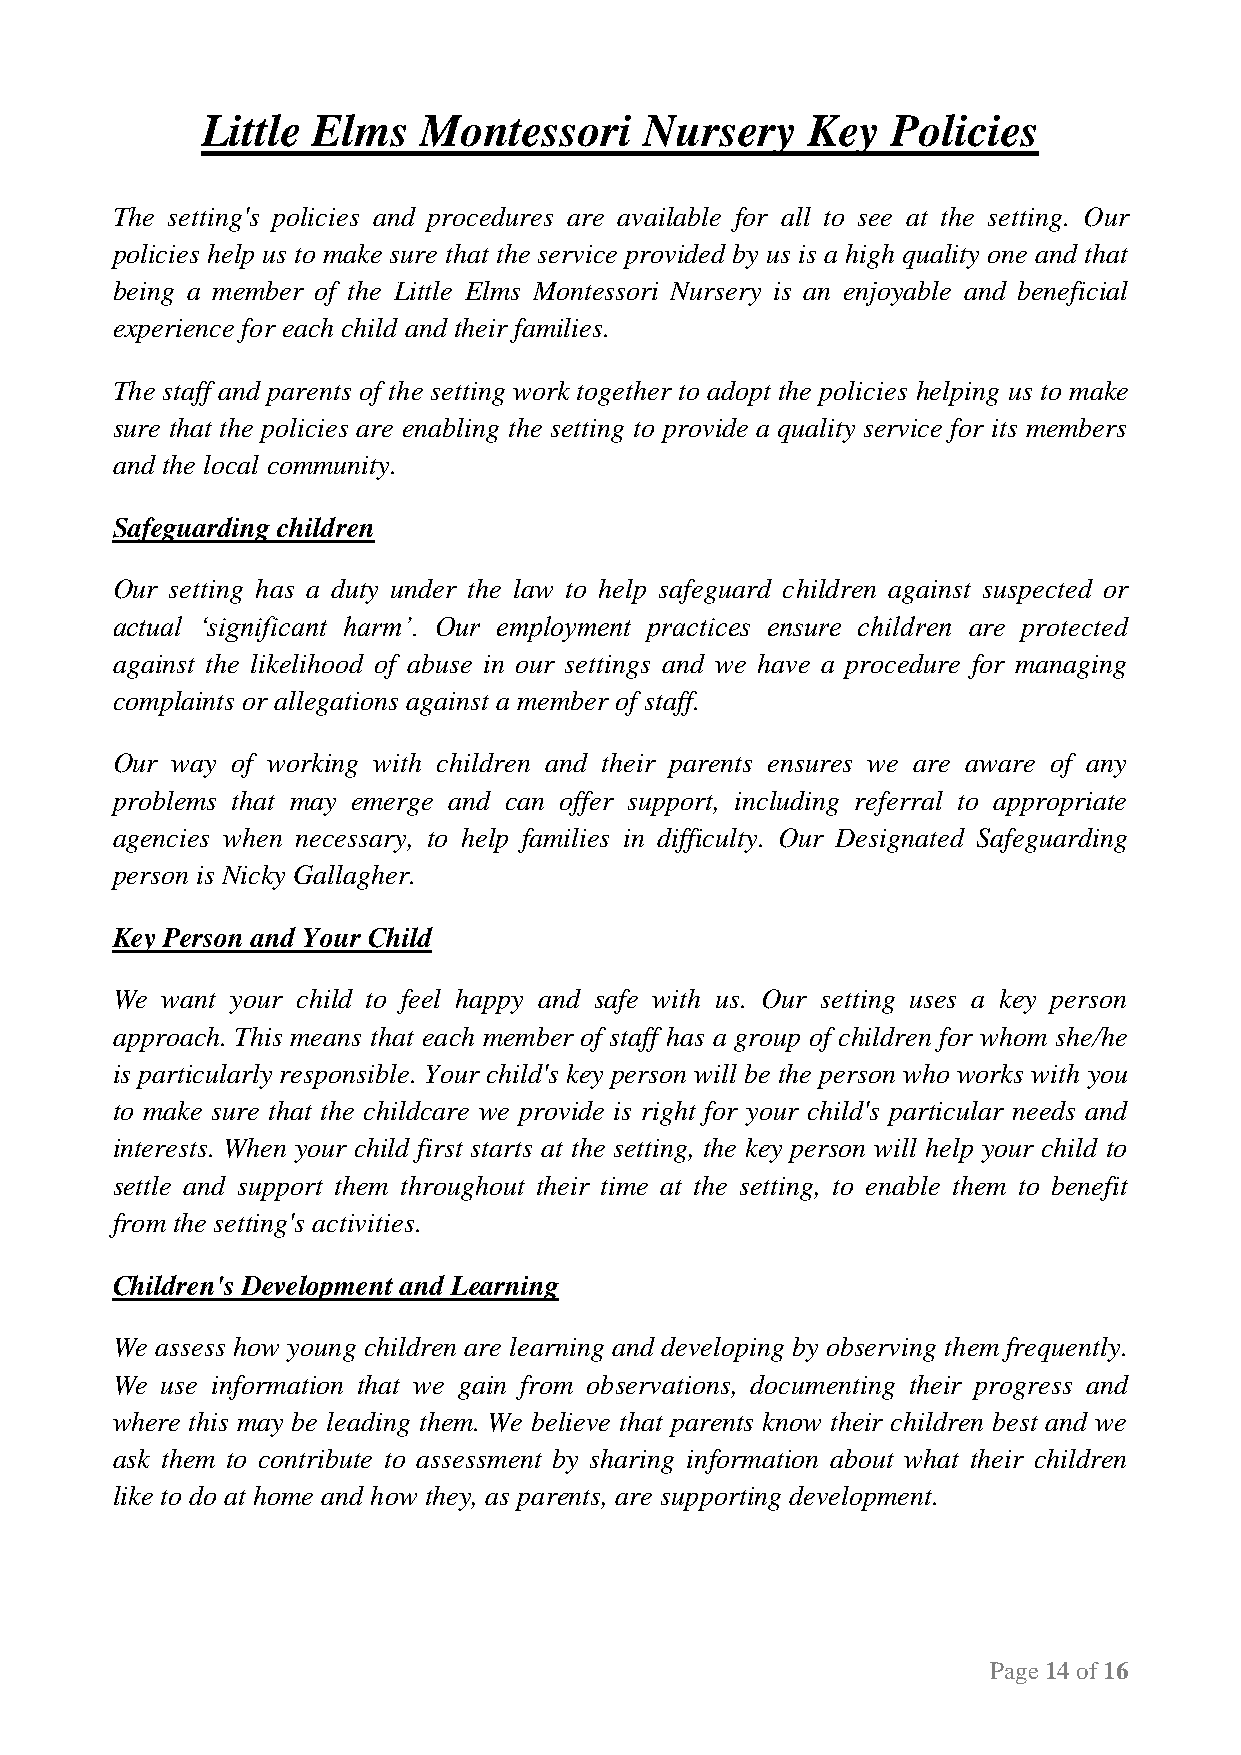
Little  Elms   Montessori     Nursery   Key   Policies
 The setting's policies and procedures are available for all to see at the setting. Our
 policies help us to make sure that the service provided by us is a high quality one and that
 being a member of the Little Elms Montessori Nursery is an enjoyable and beneficial
 experience for each child and their families.
 The staff and parents of the setting work together to adopt the policies helping us to make
 sure that the policies are enabling the setting to provide a quality service for its members
 and the local community.
 Safeguarding children
 Our setting has a duty under the law to help safeguard children against suspected or
 actual ‘significant harm’. Our employment practices ensure children are protected
 against the likelihood of abuse in our settings and we have a procedure for managing
 complaints or allegations against a member of staff.
 Our way of working with children and their parents ensures we are aware of any
 problems that may emerge and can offer support, including referral to appropriate
 agencies when necessary, to help families in difficulty. Our Designated Safeguarding
 person is Nicky Gallagher.
 Key Person and Your Child
 We  want your child to feel happy and safe with us. Our setting uses a key person
 approach. This means that each member of staff has a group of children for whom she/he
 is particularly responsible. Your child's key person will be the person who works with you
 to make sure that the childcare we provide is right for your child's particular needs and
 interests. When your child first starts at the setting, the key person will help your child to
 settle and support them throughout their time at the setting, to enable them to benefit
 from the setting's activities.
 Children's Development and Learning
 We assess how young children are learning and developing by observing them frequently.
 We  use information that we gain from observations, documenting their progress and
 where this may be leading them. We believe that parents know their children best and we
 ask them to contribute to assessment by sharing information about what their children
 like to do at home and how they, as parents, are supporting development.
 Page 14 of 16